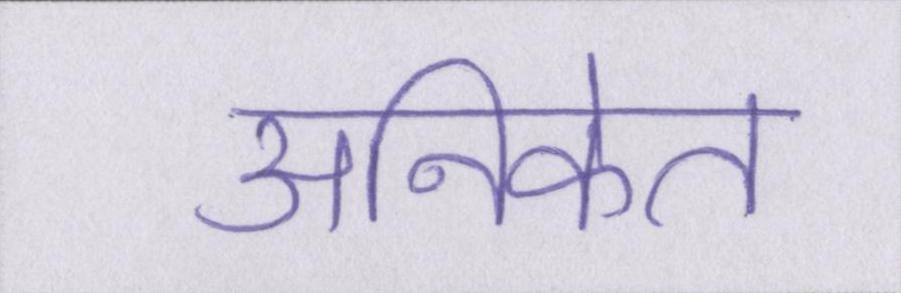
अनिकेत